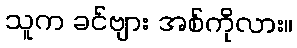
သူက ခင်ဗျား အစ်ကိုလား။